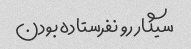
سیگار رو نفرستاده بودن